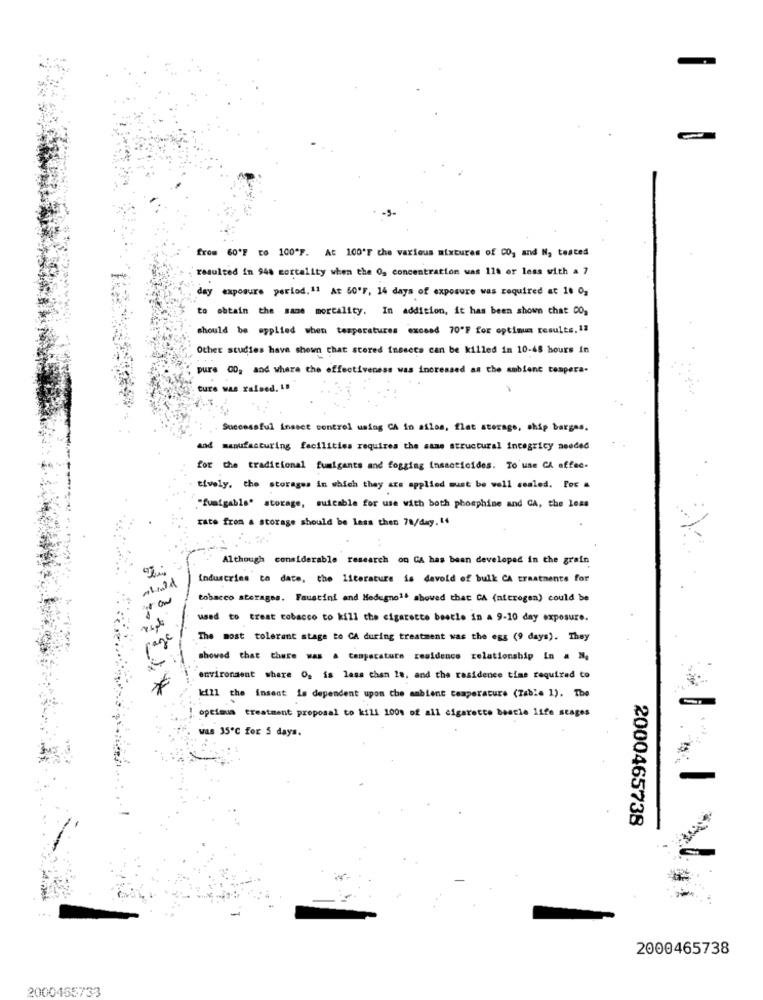
from 60'F EO 100"F. At 100'F che various mixtures of CO, and N, tested
resulted in 948 mortality when the Og concentration was 118 or less with a 7
day exposure period.11 At 50'F, 14 days of exposure was required at 16 0,
to obtain the same mortality. In addition, it has been shown chat 00,
should be applied when temperatures exceed 70"F for optimum results. 11
Other studies have shown that stored insects can be killed in 10-48 hours in
pure 00, and where the effectiveness was increased as the ambient tempera-
ture was raised. 18
Successful insect control using CA in ailos, flat storage, ship barges.
and manufacturing facilities requires the same structural integricy needed
for the traditional fumigants and fogging insecticides. To use CA affee-
tively, the storages in which they are applied must be well sealed. Por =
"fuaigable" storage, suicable for use with both phosphine and CA, the loss
rate from a storage should be less then 78/day.14
Although considerable research on GA has been developed in the grain
Industries to date, the Literature is devold of bulk CA treatments for
tobacco storagea. Faustini and Modugno1. showed that CA (nitrogen) could be
used to treat tobacco to kill the cigarette beetle in a 9-10 day exposure.
The most tolerant stage to CA during treatment was the egg (9 days). They
showed that there was a temperature residence relationship in a M.
environment where Og is less than 18, and the residence time required to
Ici11 the insect is dependent upon che ambient temperature (Table 1). The
optimum treatment proposal to kill 100% of all cigarette beetle life stages
was 35℃ for 5 days.
2000465738
2000465738
2000455733